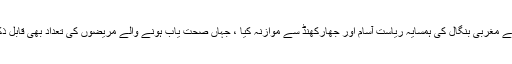
انہوں نے مغربی بنگال کی ہمسایہ ریاست آسام اور جھارکھنڈ سے موازنہ کیا ، جہاں صحت یاب ہونے والے مریضوں کی تعداد بھی قابل ذکر ہے۔